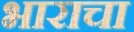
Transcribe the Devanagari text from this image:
भाराचा